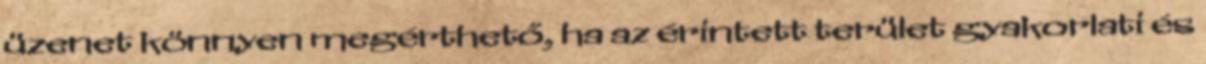
üzenet könnyen megérthető, ha az érintett terület gyakorlati és